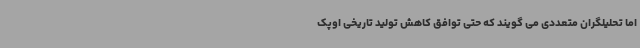
اما تحلیلگران متعددی می گویند که حتی توافق کاهش تولید تاریخی اوپک